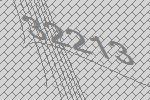
32213